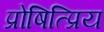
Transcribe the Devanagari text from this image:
प्रोषित्प्रिय